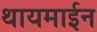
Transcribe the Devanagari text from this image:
थायमाईन